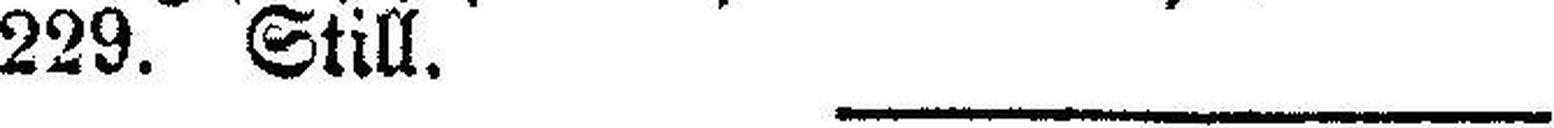
229. Still.